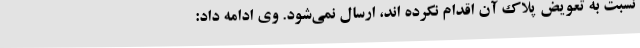
نسبت به تعویض پلاک آن اقدام نکرده اند، ارسال نمی‌شود. وی ادامه داد: